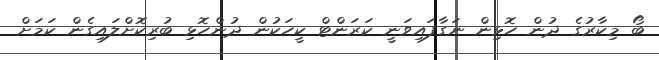
ބޯ މިކާރުގެ ދުން ހޮޅިން ނަގާފައިވަނީ ކަރަންޓް ކީހަކުން ދުންހޮޅި ބުރިކޮށްލައިގެން ކަމަށް